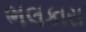
ભલકારા